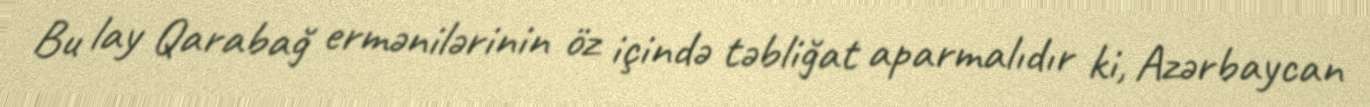
Bu lay Qarabağ ermənilərinin öz içində təbliğat aparmalıdır ki, Azərbaycan